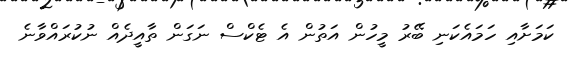
ކަމަށާއި ހަމައެކަނި ބޭރު މީހުން އަތުން އެ ޓެކްސް ނަގަން ތާއީދެއް ނުކުރައްވާނެ